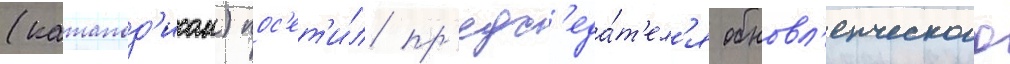
(катапод'исом) пос'ет'и́л пр'едс'еда́т'ел'я обновл'енческого